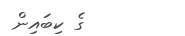
ގެ ކިބައިން